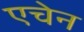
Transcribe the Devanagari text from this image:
एचेन